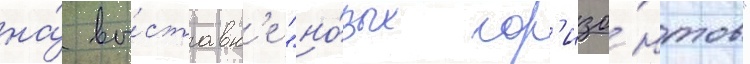
на́ вы́ставк'е "но́вых гор'изо́нтов"